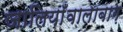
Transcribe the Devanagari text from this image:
जालियाँवालाबाग़